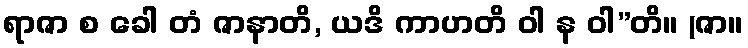
ရာဇာ စ ခေါ တံ ဇာနာတိ, ယဒိ ကာဟတိ ဝါ န ဝါ”တိ။ (ဇာ။